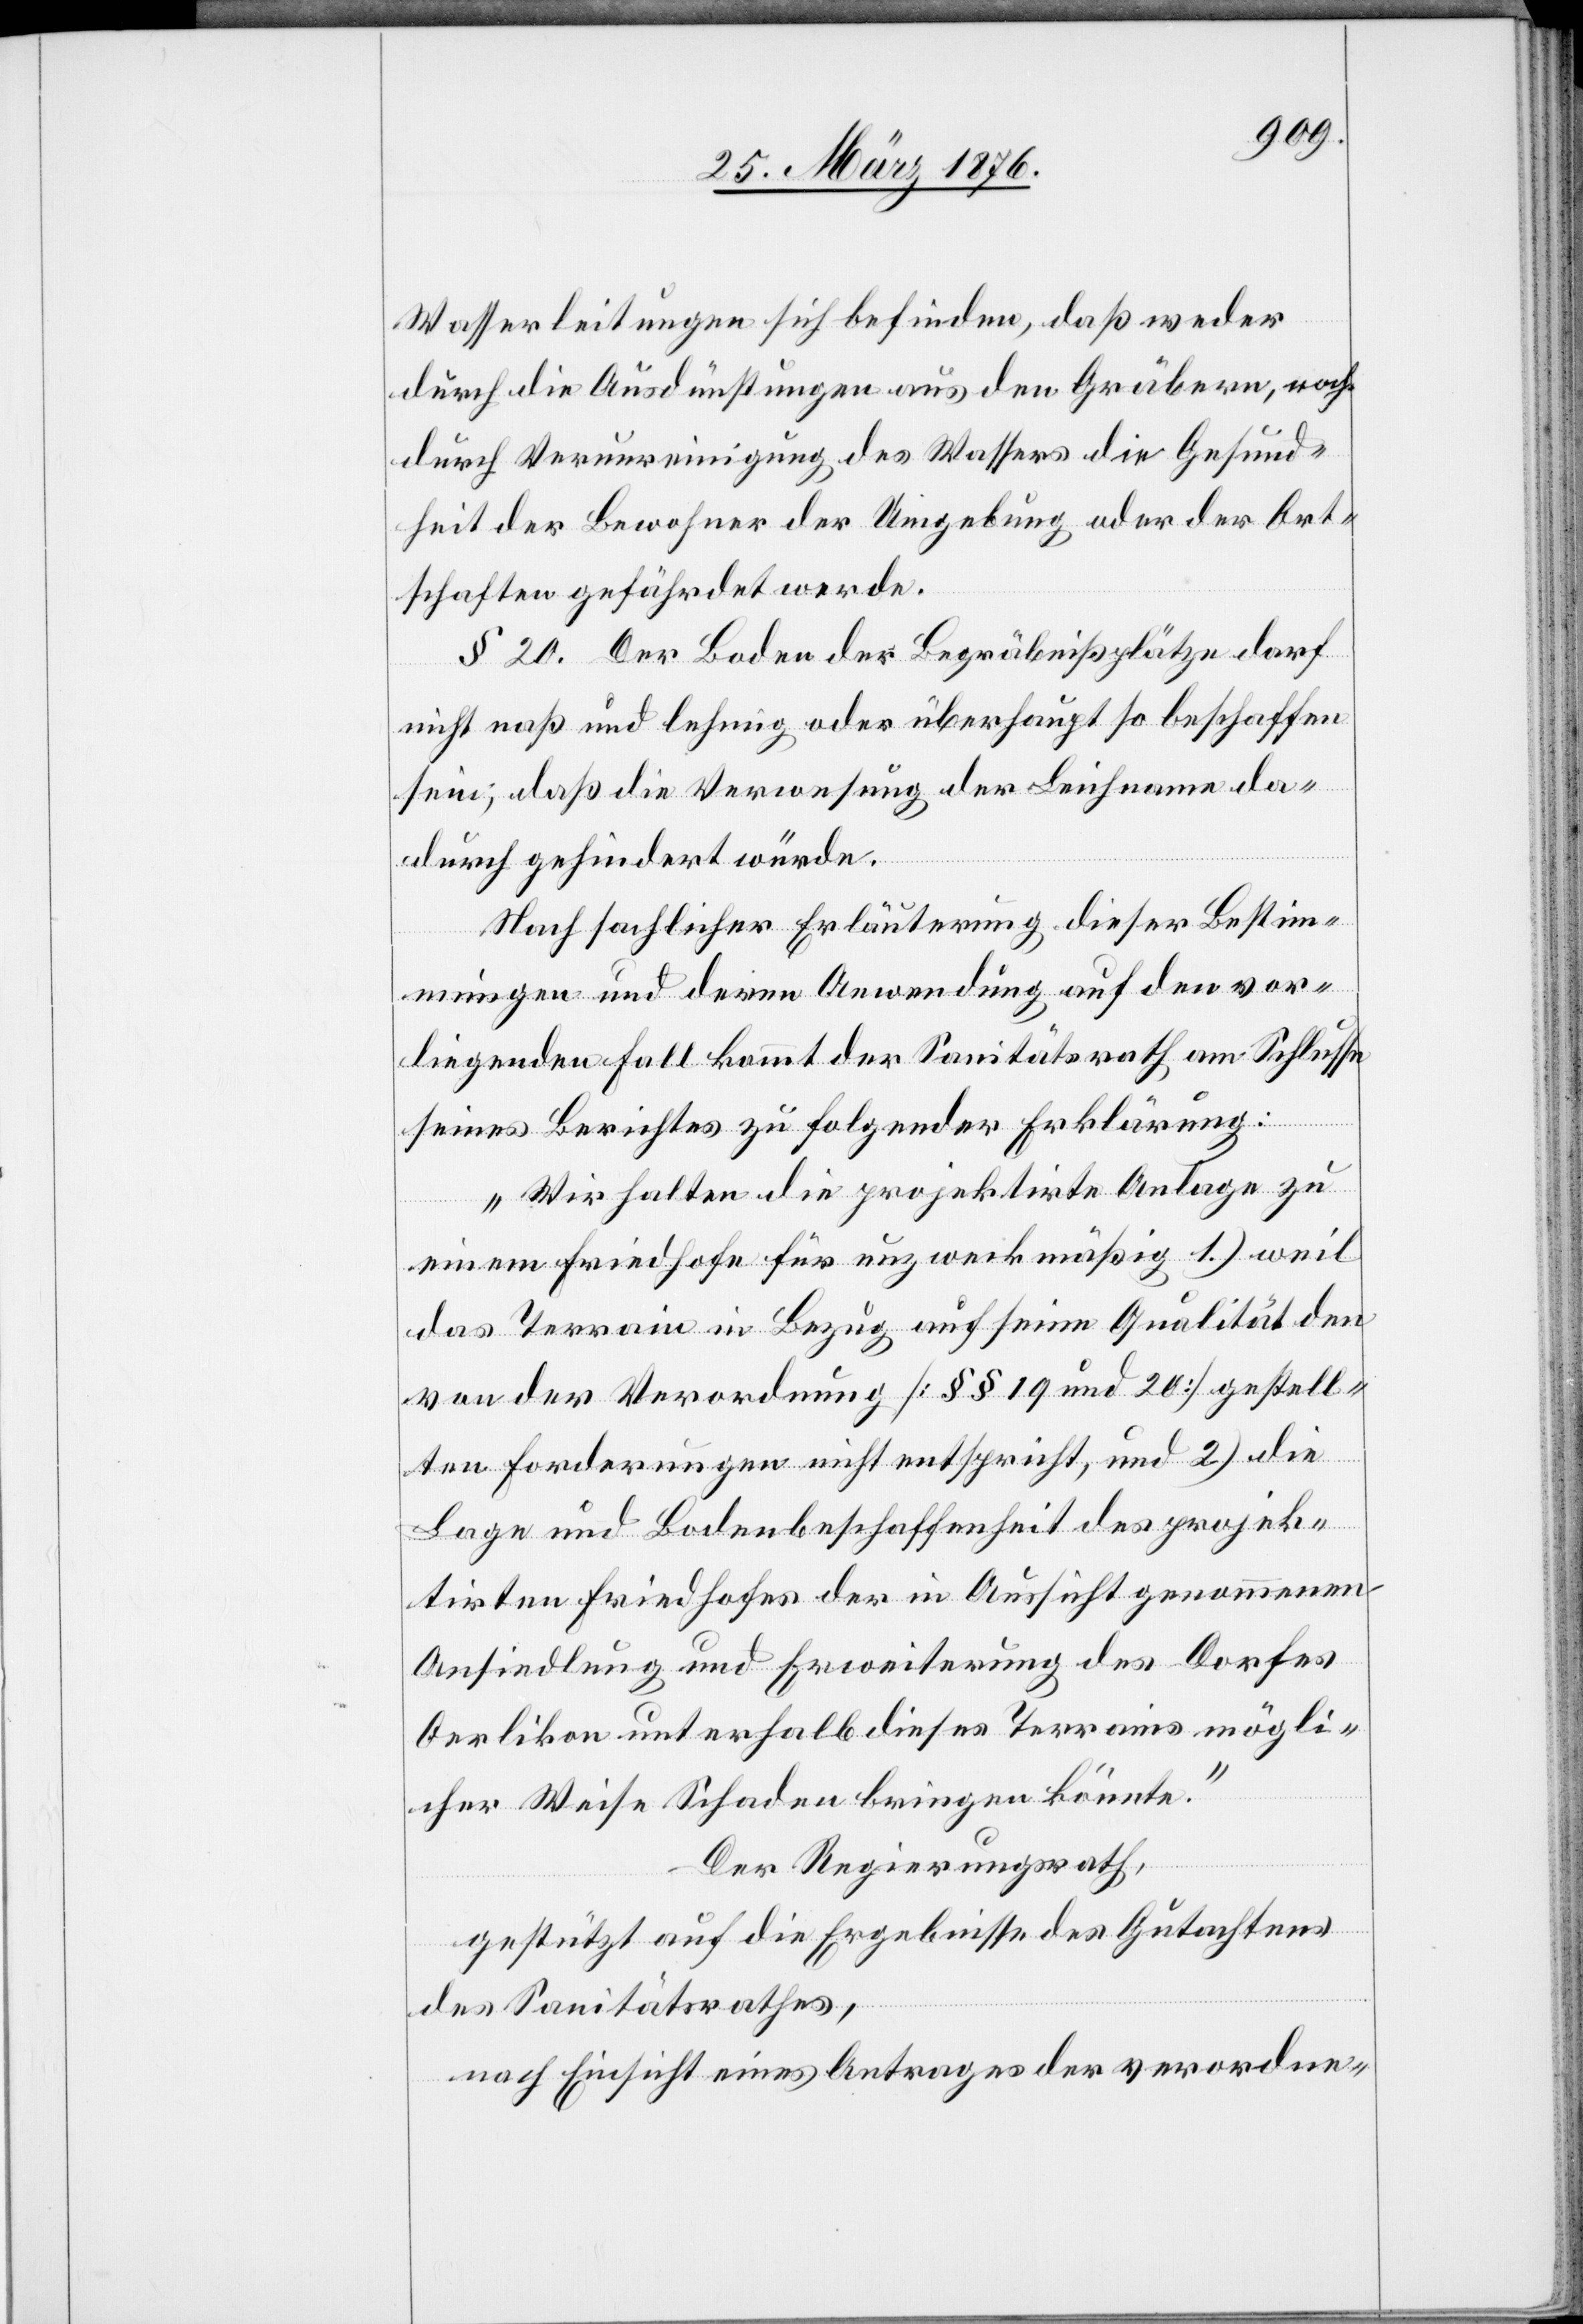
Wasserleitungen sich befinden, daß weder
durch die Ausdünstungen aus den Gräbern, noch
durch Verunreinigung des Wassers die Gesund¬
heit der Bewohner der Umgebung oder der Ort¬
schaften gefährdet werde.
§ 20. Der Boden der Begräbnißplätze darf
nicht naß und lehmig oder überhaupt so beschaffen
sein, daß die Verwesung der Leichname da¬
durch gehindert würde.
Nach sachlicher Erläuterung dieser Bestim¬
mungen und deren Anwendung auf den vor¬
liegenden Fall kommt der Sanitätsrath am Schlusse
seines Berichtes zu folgender Erklärung:
„Wir halten die projektirte Anlage zu
einem Friedhof für unzweckmäßig 1.) weil
das Terrain in Bezug auf seine Qualität den
von der Verordnung [§§ 19 und 20] gestell¬
ten Forderungen nicht entspricht, und 2.) die
Lage und Bodenbeschaffenheit des projek¬
tirten Friedhofes der in Aussicht genommenen
Ansiedlung und Erweiterung des Dorfes
Oerlikon unterhalb dieses Terrains mögli¬
cher Weise Schaden bringen könnte.“
Der Regierungsrath,
gestützt auf die Ergebnisse des Gutachtens
des Sanitätsrathes,
nach Einsicht eines Antrages der verordne-